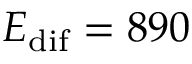
E _ { \mathrm { d i f } } = 8 9 0